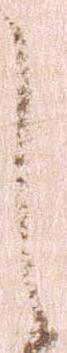
之